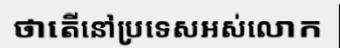
ថាតើនៅប្រទេសអស់លោក